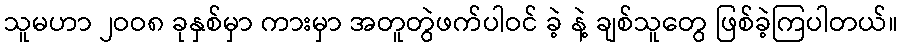
သူမဟာ ၂ဝဝ၈ ခုနှစ်မှာ ကားမှာ အတူတွဲဖက်ပါဝင် ခဲ့ နဲ့ ချစ်သူတွေ ဖြစ်ခဲ့ကြပါတယ်။